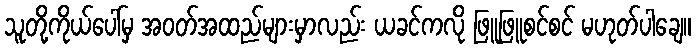
သူတို့ကိုယ်ပေါ်မှ အဝတ်အထည်များမှာလည်း ယခင်ကလို ဖြူဖြူစင်စင် မဟုတ်ပါချေ။